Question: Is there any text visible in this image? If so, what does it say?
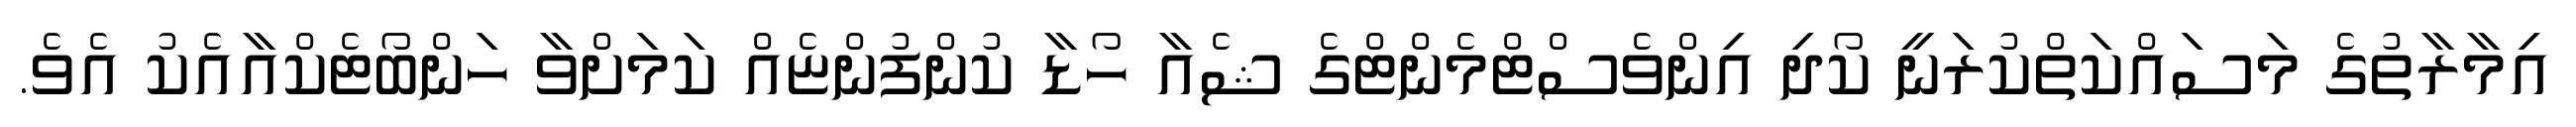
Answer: އިމާރާތުގެ މަސައްކަތްކުރަނީ ކޯދި އިންވެސްޓްމެންޓްގެ ޝެއާ ހޯޑާ ކުންފުންޏެއް ކަމަށްވާ ހަންބޯޓެކްއާއެކު އެވެ.